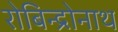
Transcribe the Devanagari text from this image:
रोबिन्द्रोनाथ